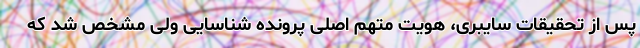
پس از تحقیقات سایبری، هویت متهم اصلی پرونده شناسایی ولی مشخص شد که